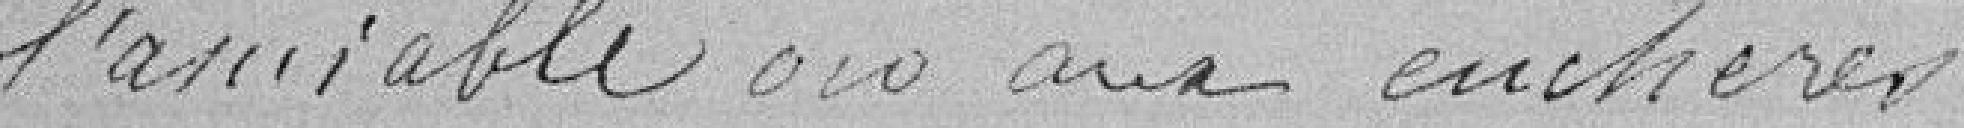
l'amiable ou aux enchères